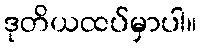
ဒုတိယထပ်မှာပါ။